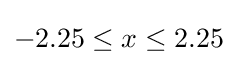
-2.25\leq x\leq 2.25